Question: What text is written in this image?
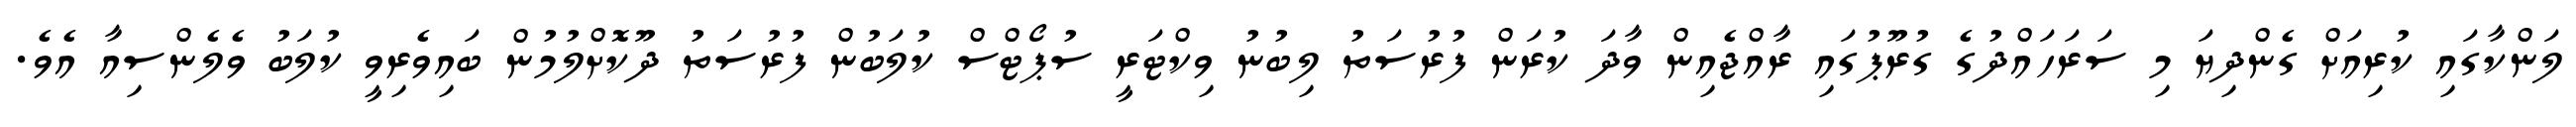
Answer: ލަންކާގައި ކުރިއަށް ގެންދިޔަ މި ސަރަހައްދުގެ ގުރޫޕުގައި ރާއްޖެއިން ވާދަ ކުރަން ފުރުސަތު ލިބުނު ވިކްޓަރީ ސުޕޯޓްސް ކުލަބުން ފުރުސަތު ދޫކޮށްލުމުން ބައިވެރިވީ ކުލަބު ވެލެންސިއާ އެވެ.